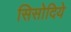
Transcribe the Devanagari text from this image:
सिसोदिये